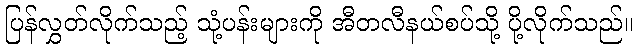
ပြန်လွှတ်လိုက်သည့် သုံ့ပန်းများကို အီတလီနယ်စပ်သို့ ပို့လိုက်သည်။